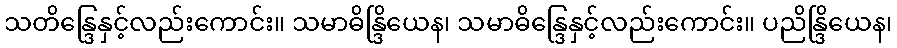
သတိန္ဒြေနှင့်လည်းကောင်း။ သမာဓိန္ဒြိယေန၊ သမာဓိန္ဒြေနှင့်လည်းကောင်း။ ပညိန္ဒြိယေန၊